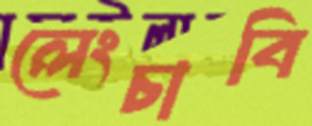
লেংচাবি